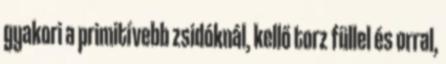
gyakori a primitívebb zsidóknál, kellő torz füllel és orral,